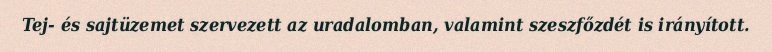
Tej- és sajtüzemet szervezett az uradalomban, valamint szeszfőzdét is irányított.